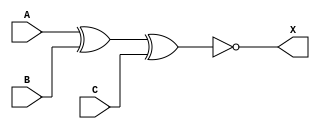
module sky130_fd_sc_ms__xnor3 (
    X,
    A,
    B,
    C
);

    // Module ports
    output X;
    input  A;
    input  B;
    input  C;

    // Module supplies
    supply1 VPWR;
    supply0 VGND;
    supply1 VPB ;
    supply0 VNB ;

    // Local signals
    wire xnor0_out_X;

    //   Name   Output       Other arguments
    xnor xnor0 (xnor0_out_X, A, B, C        );
    buf  buf0  (X          , xnor0_out_X    );

endmodule